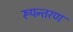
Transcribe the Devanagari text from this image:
रूपन्तरण